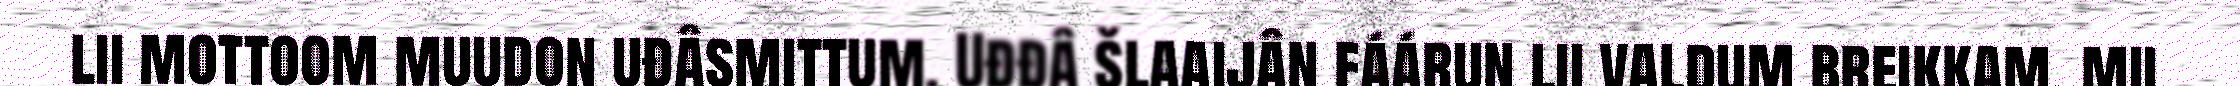
lii mottoom muudon uđâsmittum. Uđđâ šlaaijân fáárun lii valdum breikkam, mii